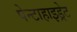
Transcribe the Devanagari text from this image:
पेन्टाहाइड्रेट